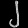
Digit: ၂